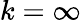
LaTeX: k=\infty